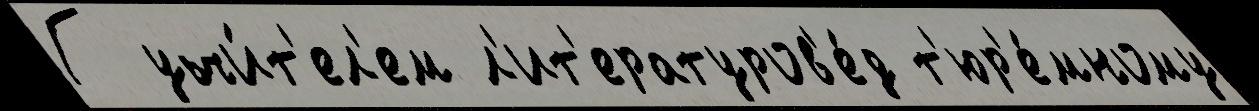
Г учи́т'ел'ем л'ит'ературов'е́д т'юр'е́мному